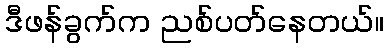
ဒီဖန်ခွက်က ညစ်ပတ်နေတယ်။